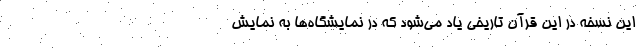
این نسخه در این قرآن تاریخی یاد می‌شود که در نمایشگاه‌ها به نمایش